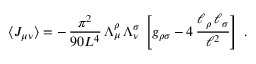
\langle J _ { \mu \nu } \rangle = - \, \frac { \pi ^ { 2 } } { 9 0 L ^ { 4 } } \, \Lambda _ { \mu } ^ { \rho } \, \Lambda _ { \nu } ^ { \sigma } \, \left[ g _ { \rho \sigma } - 4 \, \frac { \ell _ { \rho } \, \ell _ { \sigma } } { \ell ^ { 2 } } \right] \; .